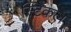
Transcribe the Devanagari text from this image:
स्टिकल